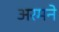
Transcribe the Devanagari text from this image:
अरमने